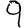
Digit: 9